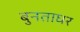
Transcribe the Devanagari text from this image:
बुनताघर